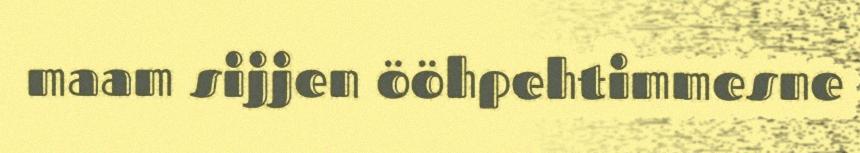
maam sijjen ööhpehtimmesne